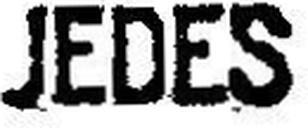
JEDES